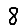
Digit: 8